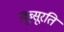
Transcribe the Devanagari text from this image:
खूब्सूरति